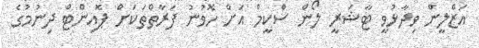
އަޒްލީން ވިދާޅުވީ ޓާޝަރީ ލޯން ސްކީމް އަށް ހޮވުނު ފަރާތްތަކަށް ޕޮއިންޓް ދިނުމުގެ